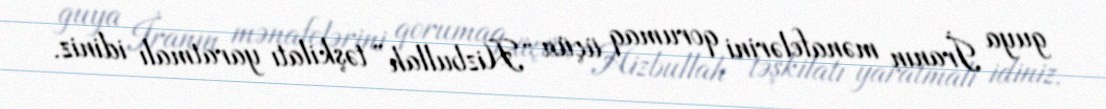
guya İranın mənafelərini qorumaq üçün “Hizbullah” təşkilatı yaratmalı idiniz.